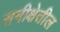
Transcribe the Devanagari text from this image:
समीक्षेतील